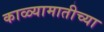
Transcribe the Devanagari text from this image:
काळ्यामातीच्या